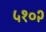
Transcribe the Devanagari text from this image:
५१०२